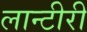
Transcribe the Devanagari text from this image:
लान्टीरी